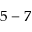
5 - 7